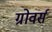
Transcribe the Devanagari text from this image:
ग्रोवर्स